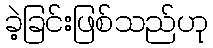
ခဲ့ခြင်းဖြစ်သည်ဟု